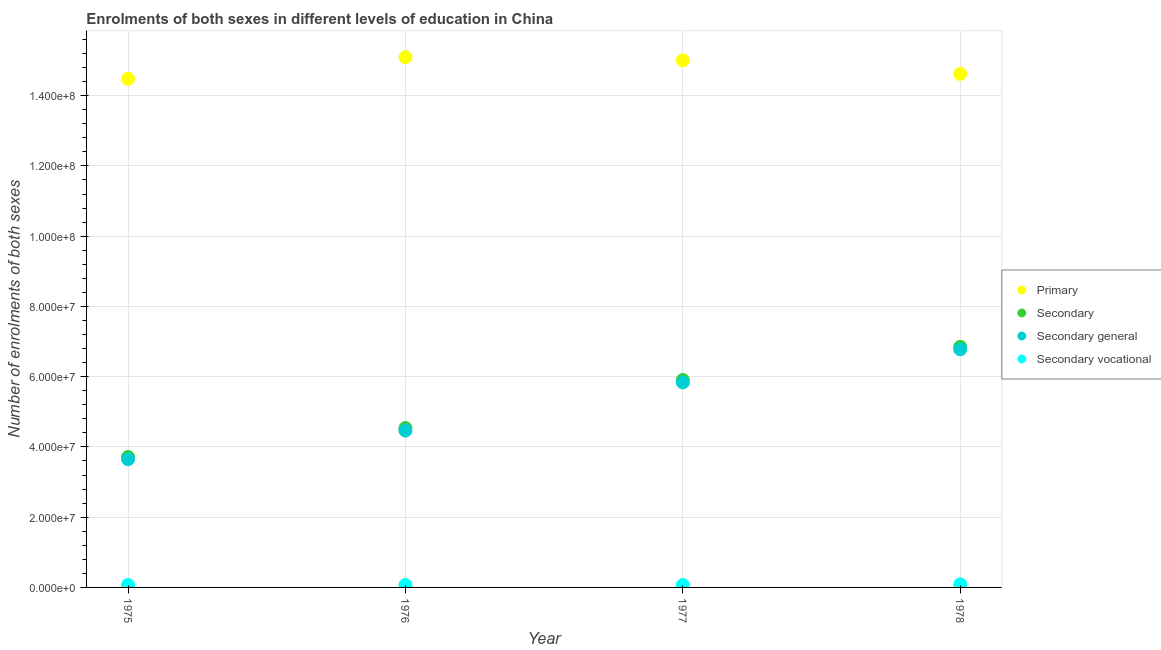
| Year | Primary | Secondary | Secondary general | Secondary vocational |
 | --- | --- | --- | --- | --- |
 | 1975 | 1.45e+08 | 3.71e+07 | 3.65e+07 | 7.07e+05 |
 | 1976 | 1.51e+08 | 4.54e+07 | 4.47e+07 | 6.9e+05 |
 | 1977 | 1.5e+08 | 5.91e+07 | 5.84e+07 | 6.89e+05 |
 | 1978 | 1.46e+08 | 6.85e+07 | 6.78e+07 | 8.89e+05 |